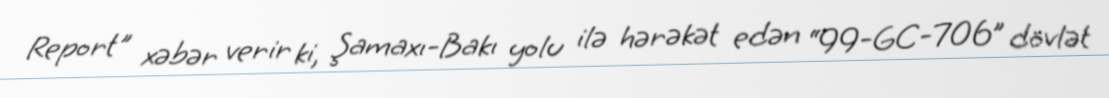
Report" xəbər verir ki, Şamaxı-Bakı yolu ilə hərəkət edən “99-GC-706” dövlət